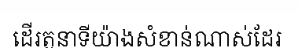
ដើរតួនាទីយ៉ាងសំខាន់ណាស់ដែរ